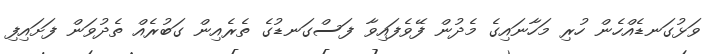
ވަޅުގަނޑެއްހެން ހުރި މަހާނައިގެ މެދުން ފޭވެފައިވާ ފަސްގަނޑުގެ ތެރެއިން ގަބުރެއް ތެދުވަން ފަށައިފި